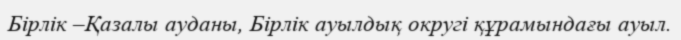
Бірлік –Қазалы ауданы, Бірлік ауылдық округі құрамындағы ауыл.